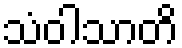
သံဝါသာတိ